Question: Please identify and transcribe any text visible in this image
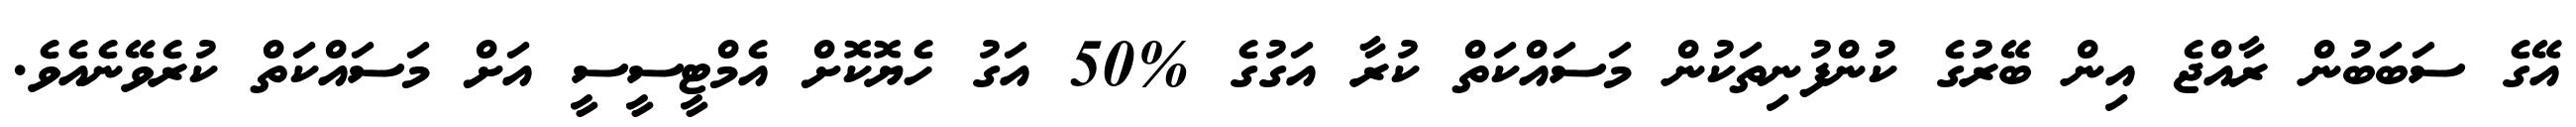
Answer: އޭގެ ސަބަބުން ރާއްޖެ އިން ބޭރުގެ ކުންފުނިތަކުން މަސައްކަތް ކުރާ އަގުގެ %50 އަގު ހެޔޮކޮށް އެމްޓީސީސީ އަށް މަސައްކަތް ކުރެވޭނެއެވެ.